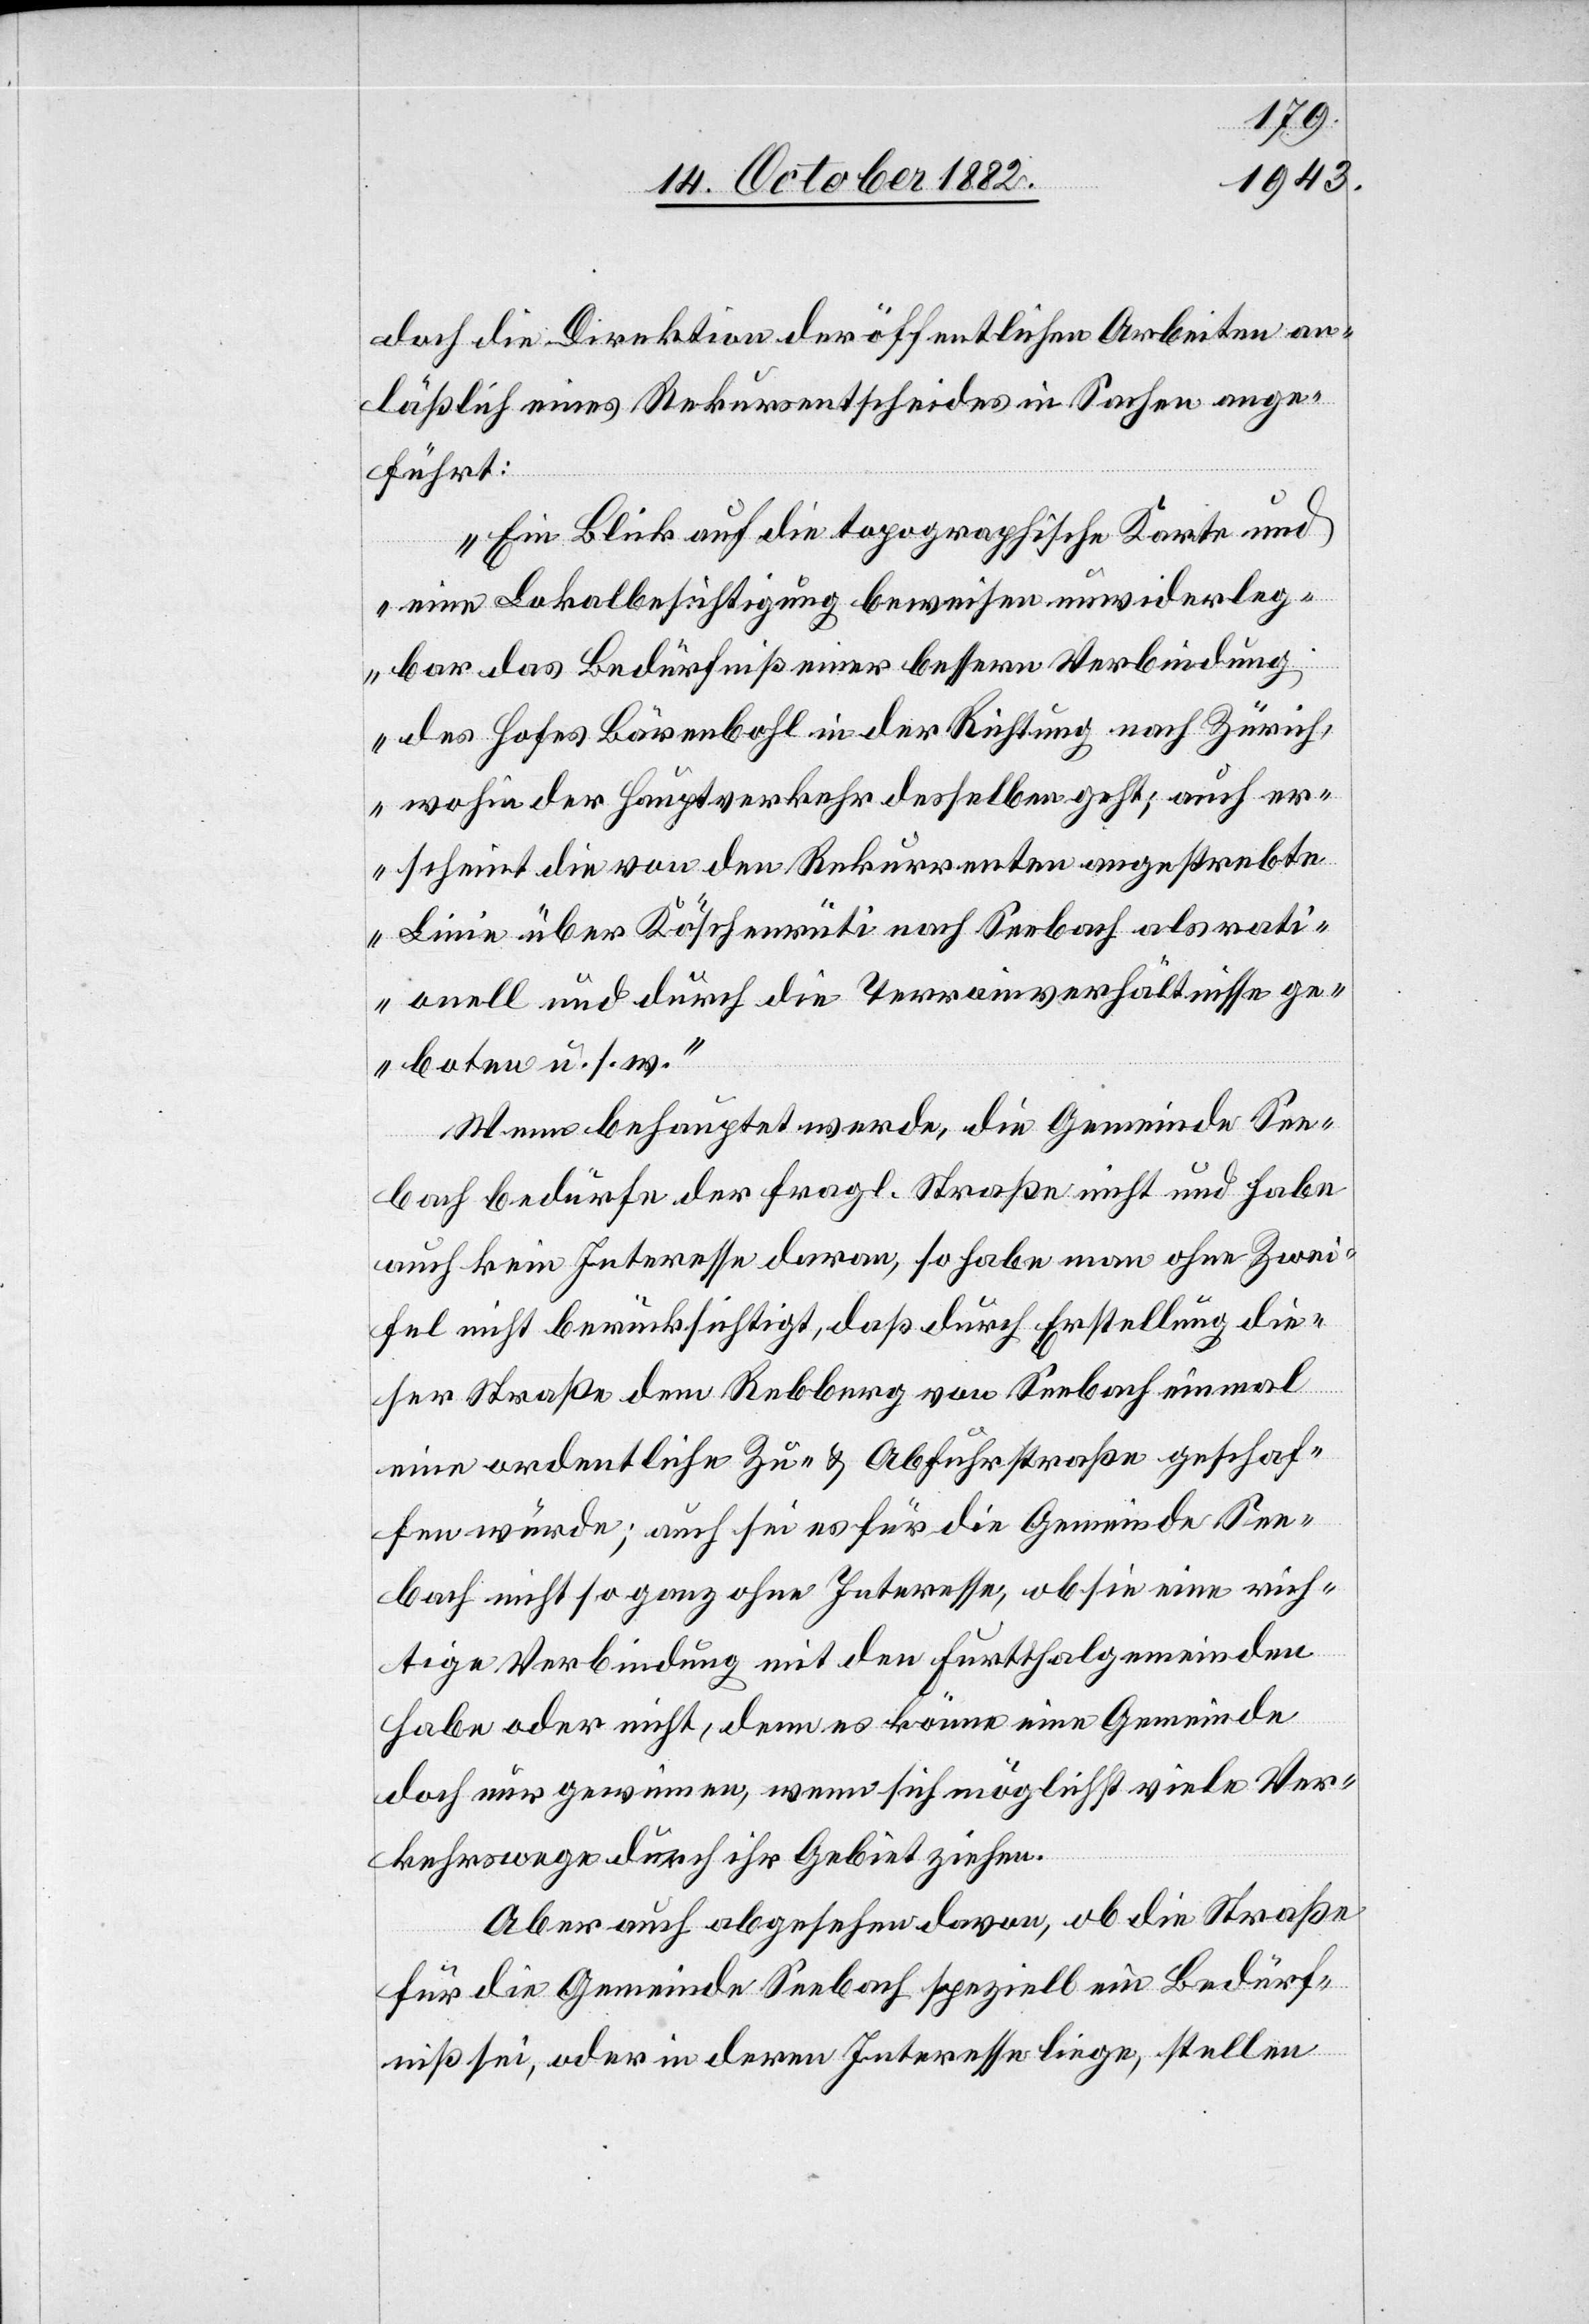
doch die Direktion der öffentlichen Arbeiten an¬
läßlich eines Rekursentscheides in Sachen ange¬
führt:
„Ein Blick auf die topographische Karte und
eine Lokalbesichtigung beweisen unwiderleg¬
bar das Bedürfniß einer bessern Verbindung
des Hofes Bärenbohl in der Richtung nach Zürich,
wohin der Hauptverkehr desselben geht; auch er¬
scheint die von den Rekurrenten angestrebte
Linie über Köschenrüti nach Seebach als rati¬
onell und durch die Terrainverhältnisse ge¬
boten u. s. w.“
Wenn behauptet werde, die Gemeinde See¬
bach bedürfe der fragl. Straße nicht und habe
auch kein Interesse daran, so habe man ohne Zwei¬
fel nicht berücksichtigt, daß durch Erstellung die¬
ser Straße dem Rebberg von Seebach einmal
eine ordentliche Zu- & Abfuhrstraße geschaf¬
fen würde; auch sei es für die Gemeinde See¬
bach nicht so ganz ohne Interesse, ob sie eine rich¬
tige Verbindung mit den Furtthalgemeinden
habe oder nicht, denn es könne eine Gemeinde
doch nur gewinnen, wenn sich möglichst viele Ver¬
kehrswege durch ihr Gebiet ziehen.
Aber auch abgesehen davon, ob die Straße
für die Gemeinde Seebach speziell ein Bedürf¬
niß sei, oder in deren Interesse liege, stellen